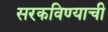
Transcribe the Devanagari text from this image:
सरकविण्याची